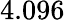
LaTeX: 4.096